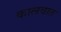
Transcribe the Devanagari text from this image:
कालवात